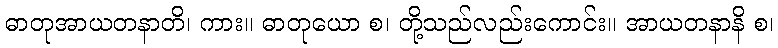
ဓာတုအာယတနာတိ၊ ကား။ ဓာတုယော စ၊ တို့သည်လည်းကောင်း။ အာယတနာနိ စ၊